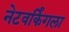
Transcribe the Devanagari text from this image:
नेटवर्किंगला